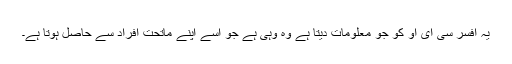
یہ افسر سی ای او کو جو معلومات دیتا ہے وہ وہی ہے جو اسے اپنے ماتحت افراد سے حاصل ہوتا ہے۔